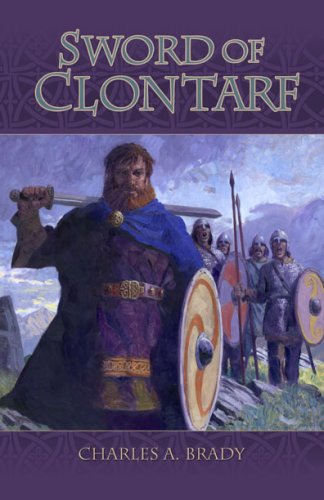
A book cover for Sword of Clontarf; Charles Brady; Teen & Young Adult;